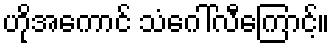
ဟိုအကောင် သံဂေါ်လီကြောင့်။